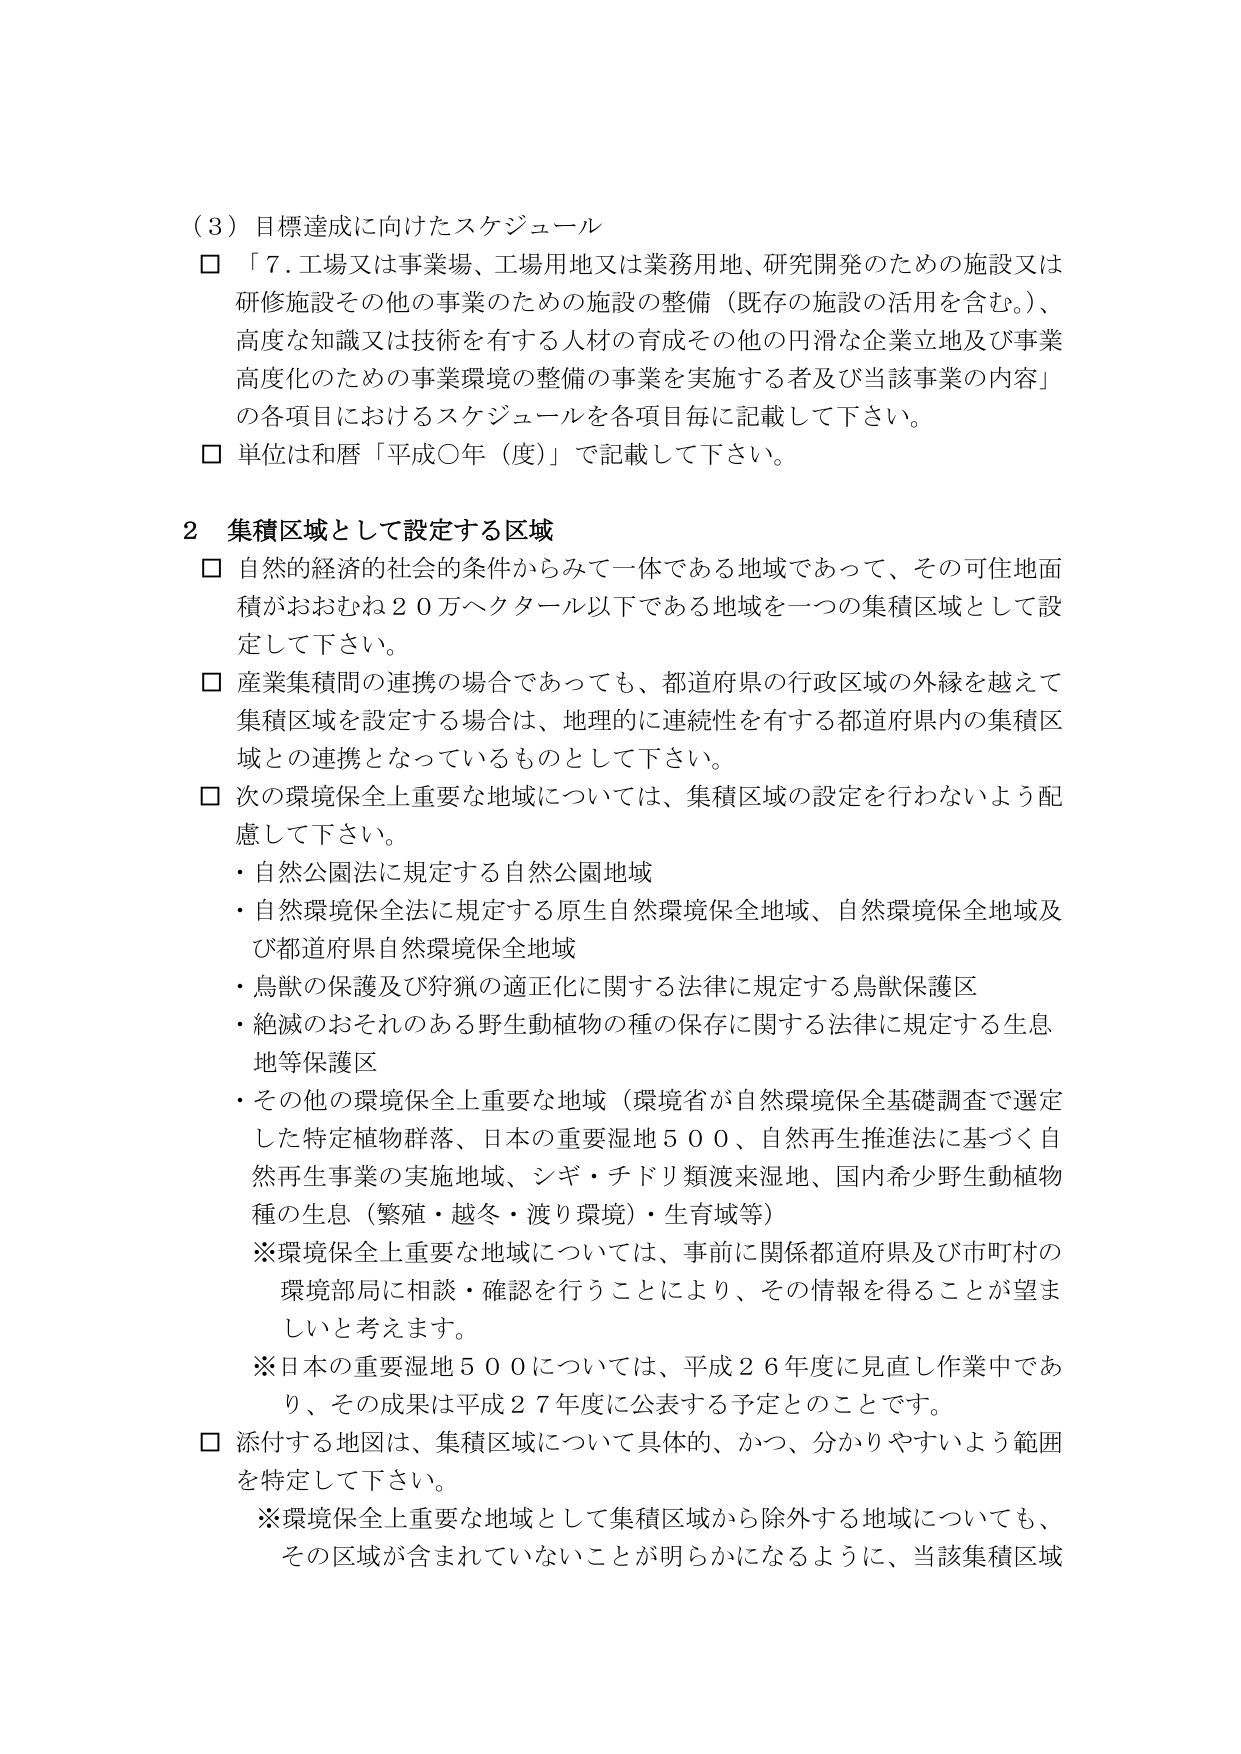
（３）目標達成に向けたスケジュール
□ 「７．工場又は事業場、工場用地又は業務用地、研究開発のための施設又は研修施設その他の事業のための施設の整備（既存の施設の活用を含む。）、高度な知識又は技術を有する人材の育成その他の円滑な企業立地及び事業高度化のための事業環境の整備の事業を実施する者及び当該事業の内容」の各項目におけるスケジュールを各項目毎に記載して下さい。
□ 単位は和暦「平成〇年（度）」で記載して下さい。

２ 集積区域として設定する区域
□ 自然的経済的社会的条件からみて一体である地域であって、その可住地面積がおおむね２０万ヘクタール以下である地域を一つの集積区域として設定して下さい。
□ 産業集積間の連携の場合であっても、都道府県の行政区域の外縁を越えて集積区域を設定する場合は、地理的に連続性を有する都道府県内の集積区域との連携となっているものとして下さい。
□ 次の環境保全上重要な地域については、集積区域の設定を行わないよう配慮して下さい。
・自然公園法に規定する自然公園地域
・自然環境保全法に規定する原生自然環境保全地域、自然環境保全地域及び都道府県自然環境保全地域
・鳥獣の保護及び狩猟の適正化に関する法律に規定する鳥獣保護区
・絶滅のおそれのある野生動植物の種の保存に関する法律に規定する生息地等保護区
・その他の環境保全上重要な地域（環境省が自然環境保全基礎調査で選定した特定植物群落、日本の重要湿地５００、自然再生推進法に基づく自然再生事業の実施地域、シギ・チドリ類渡来湿地、国内希少野生動植物種の生息（繁殖・越冬・渡り環境）・生育域等）
※環境保全上重要な地域については、事前に関係都道府県及び市町村の環境部局に相談・確認を行うことにより、その情報を得ることが望ましいと考えます。
※日本の重要湿地５００については、平成２６年度に見直し作業中であり、その成果は平成２７年度に公表する予定とのことです。
□ 添付する地図は、集積区域について具体的、かつ、分かりやすいよう範囲を特定して下さい。
　※環境保全上重要な地域として集積区域から除外する地域についても、その区域が含まれていないことが明らかになるように、当該集積区域